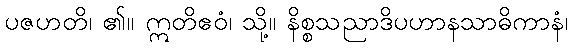
ပဇဟတိ၊ ၏။ ဣတိဧဝံ၊ သို့။ နိစ္စသညာဒိပဟာနသာဓိကာနံ၊